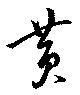
黄